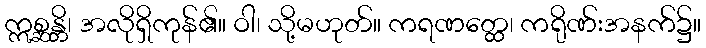
ဣစ္ဆန္တိ၊ အလိုရှိကုန်၏။ ဝါ၊ သို့မဟုတ်။ ကရဏတ္ထေ၊ ကရိုဏ်းအနက်၌။